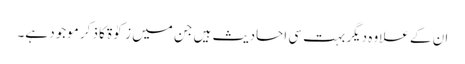
ان کے علاوہ دیگر بہت سی احادیث ہیں جن میں زکوٰۃ کا ذکر موجود ہے۔